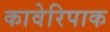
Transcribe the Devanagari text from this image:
कावेरिपाक